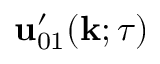
{ \bf { u } } _ { 0 1 } ^ { \prime } ( { \bf { k } } ; \tau )